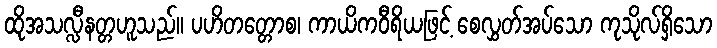
ထိုအသလ္လီနတ္တဟူသည်။ ပဟိတတ္တောစ၊ ကာယိကဝီရိယဖြင့် စေလွှတ်အပ်သော ကုသိုလ်ရှိသော